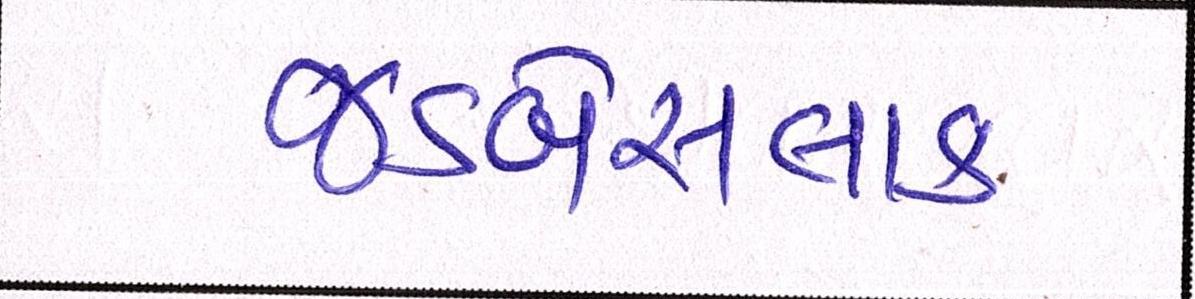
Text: જડબેસલાક